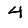
Digit: 4